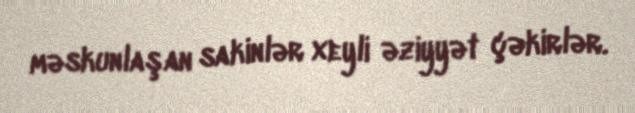
məskunlaşan sakinlər xeyli əziyyət çəkirlər.